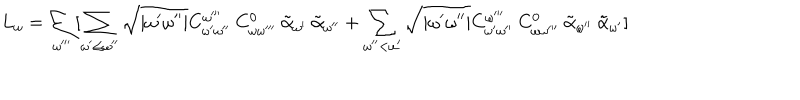
L _ { \omega } = \sum _ { \omega ^ { \prime \prime \prime } } [ \sum _ { \omega ^ { \prime } \leq \omega ^ { \prime \prime } } \sqrt { | \omega ^ { \prime } \omega ^ { \prime \prime } | } C _ { \omega ^ { \prime } \omega ^ { \prime \prime } } ^ { \omega ^ { \prime \prime \prime } } \: C _ { \omega \omega ^ { \prime \prime \prime } } ^ { 0 } \: \tilde { \alpha } _ { \omega ^ { \prime } } \: \tilde { \alpha } _ { \omega ^ { \prime \prime } } + \sum _ { \omega ^ { \prime \prime } < \omega ^ { \prime } } \sqrt { | \omega ^ { \prime } \omega ^ { \prime \prime } | } C _ { \omega ^ { \prime } \omega ^ { \prime \prime } } ^ { \omega ^ { \prime \prime \prime } } \: C _ { \omega \omega ^ { \prime \prime \prime } } ^ { 0 } \: \tilde { \alpha } _ { \omega ^ { \prime \prime } } \: \tilde { \alpha } _ { \omega ^ { \prime } } ]